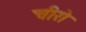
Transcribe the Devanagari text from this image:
चीरो